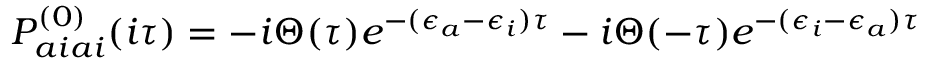
P _ { a i a i } ^ { ( 0 ) } ( i \tau ) = - i \Theta ( \tau ) e ^ { - ( \epsilon _ { a } - \epsilon _ { i } ) \tau } - i \Theta ( - \tau ) e ^ { - ( \epsilon _ { i } - \epsilon _ { a } ) \tau }